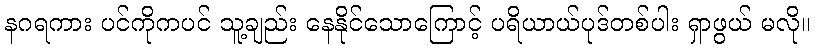
နဂရကား ပင်ကိုကပင် သူ့ချည်း နေနိုင်သောကြောင့် ပရိယာယ်ပုဒ်တစ်ပါး ရှာဖွယ် မလို။